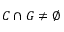
C \cap G \neq \emptyset